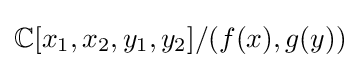
\mathbb {C} [x_{1},x_{2},y_{1},y_{2}]/(f(x),g(y))